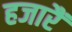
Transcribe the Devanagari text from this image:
हजारैं